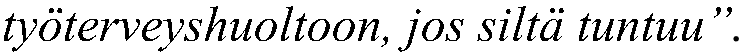
työterveyshuoltoon, jos siltä tuntuu”.